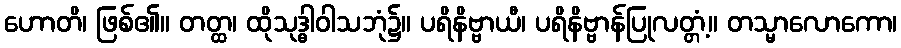
ဟောတိ၊ ဖြစ်၏။ တတ္ထ၊ ထိုသုဒ္ဓါဝါသဘုံ၌။ ပရိနိဗ္ဗာယီ၊ ပရိနိဗ္ဗာန်ပြုလတ္တံ့။ တသ္မာလောကော၊